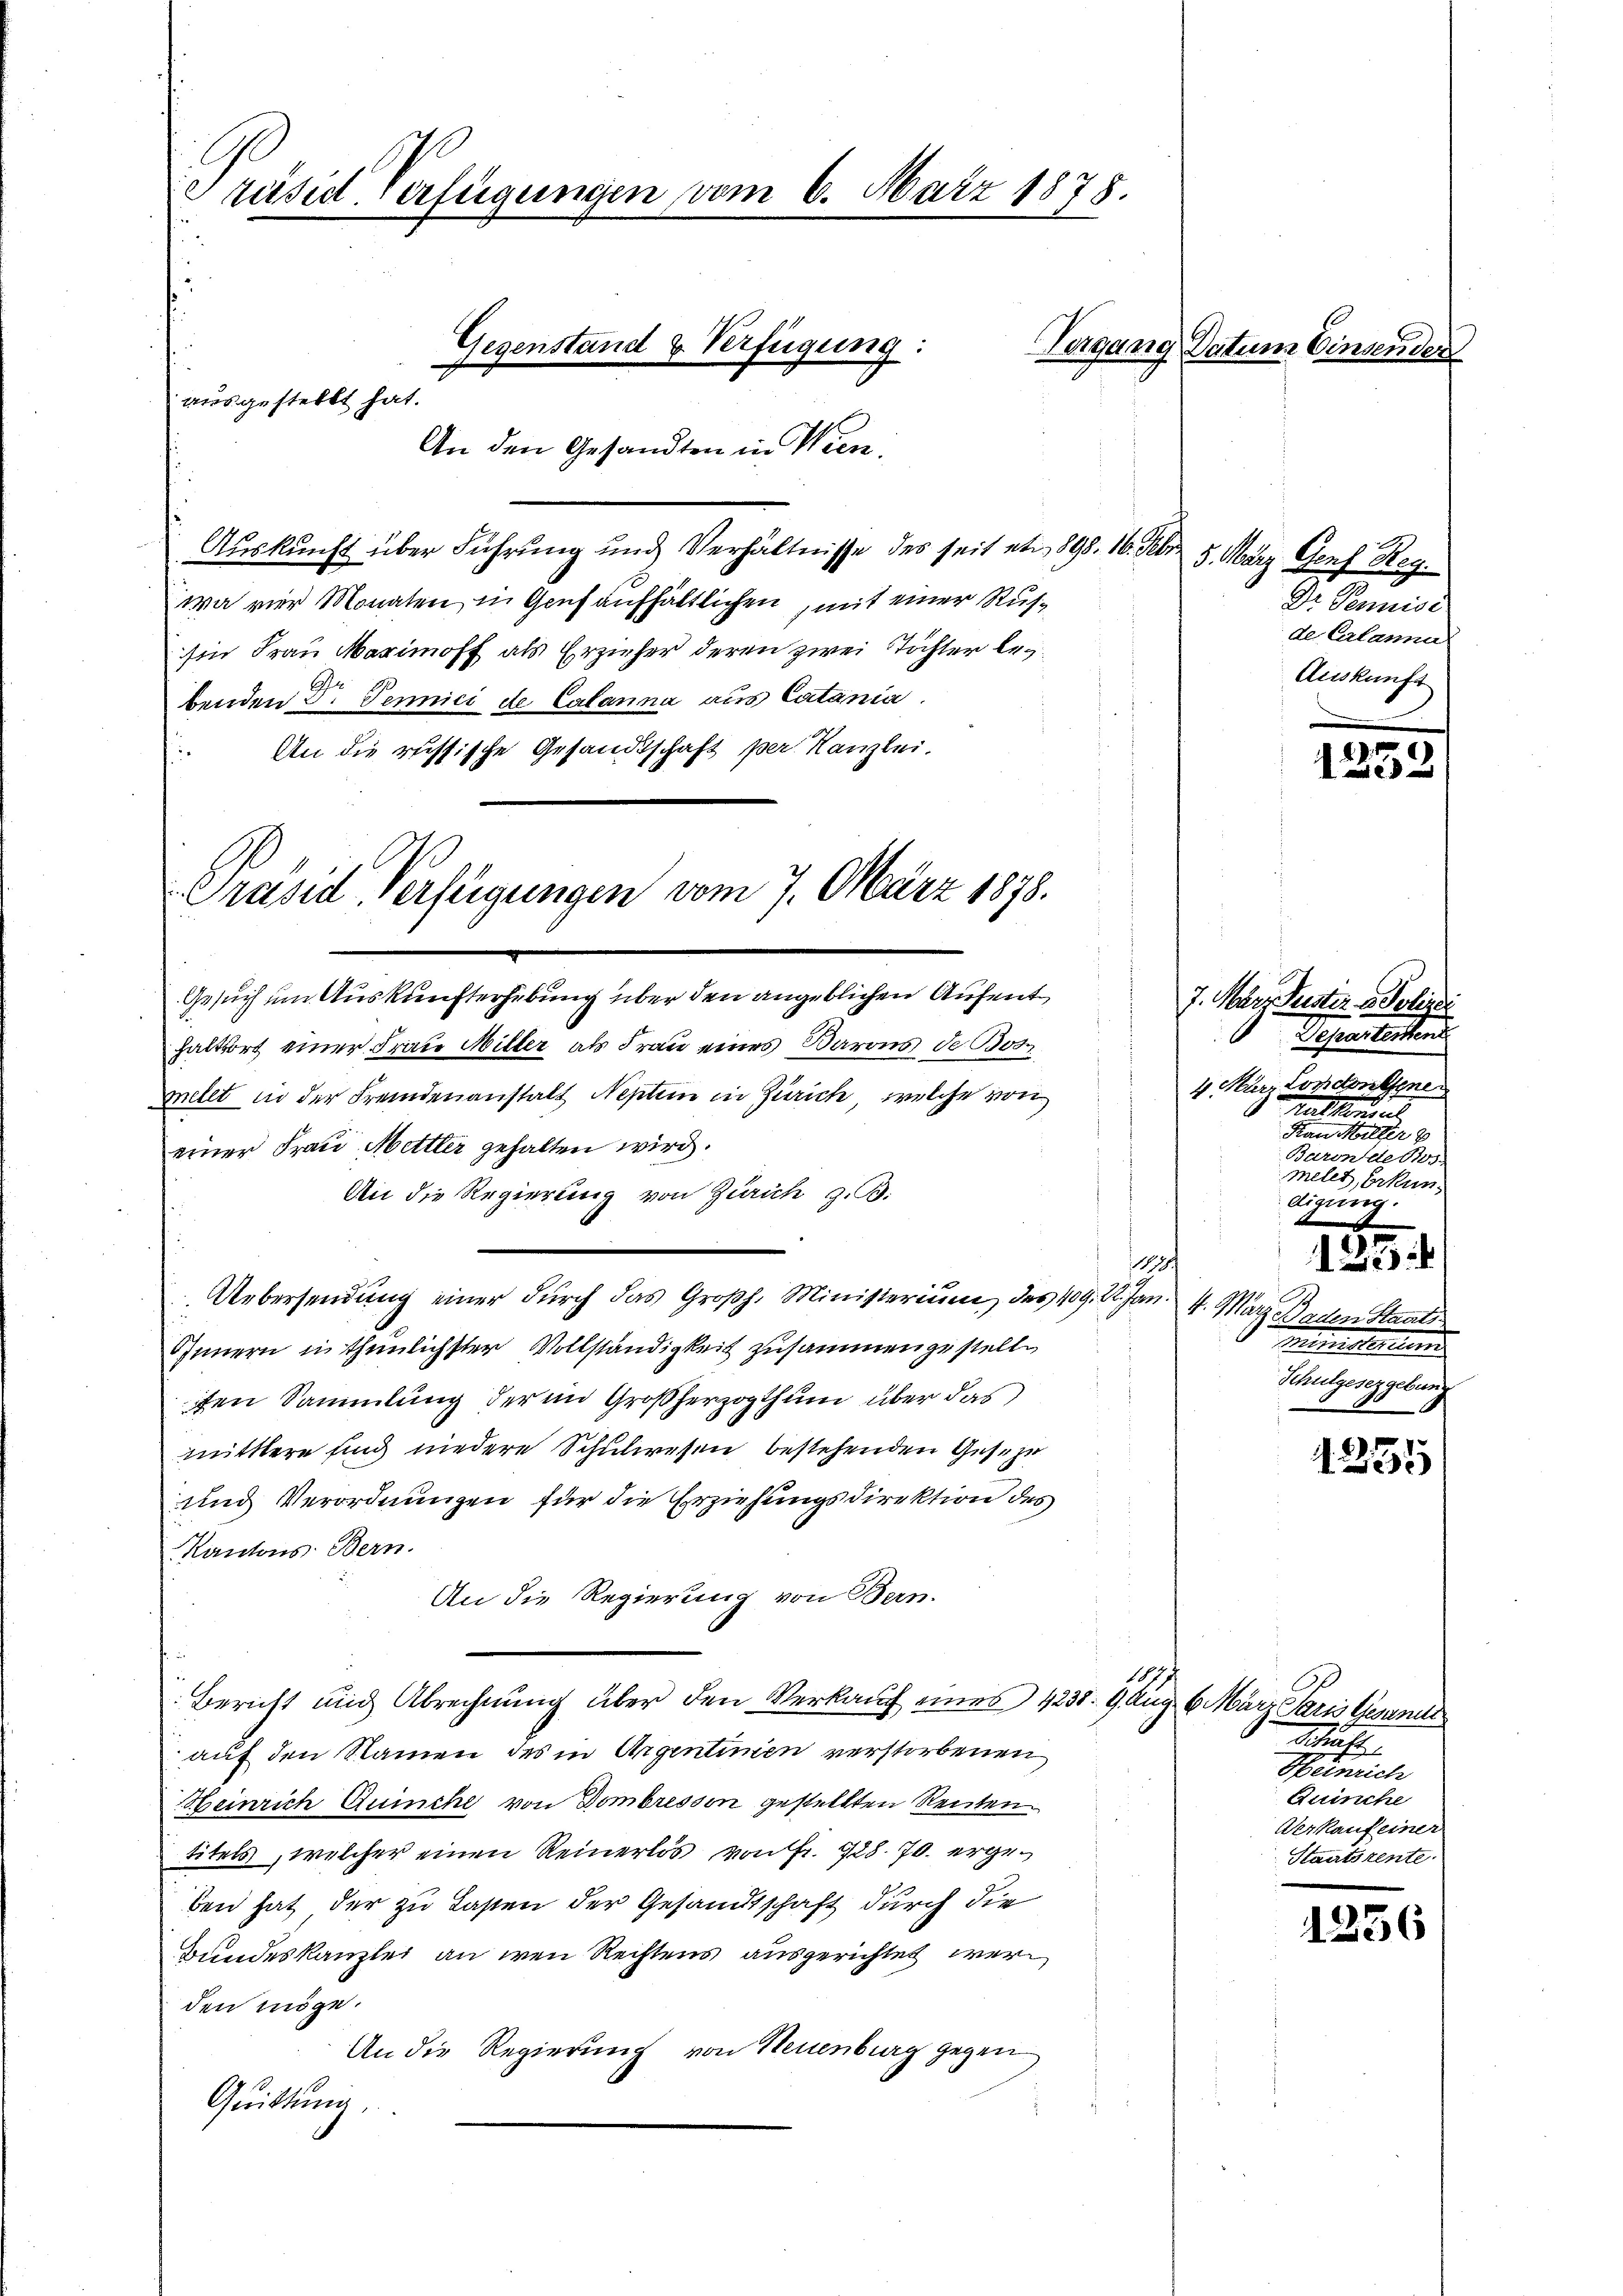
Präsid. Verfügungen vom 6. März 1878.
Gegenstand & Verfügung:
ausgestellt hat.
An den Gesandten in Wien.

Auskunft über Führung und Verhältnisse des seit etw 898. 16. Febr. 5. März Genf Reg.
wa vier Monaten, in Genf aufhältlichen, mit einer Russin Frau Marmoff als Erzieher deren zwei Töchter legbenden Dr. Jennici de Calanna aus Catania.
An die russische Gesandtschaft per Kanzlei.

Präsid. Verfügungen vom 7. März 1878.
Gesuch im Auskunfterhebung über den angeblichen Aufent¬

haltsort einer Frau Miller als Frau eines Barons de Bosmelet in der Fremdenanstalt Neptem in Zürich, welche von
einer Frau Mettler gehalten wird.
An die Regierung von Zürich z. B.
Uebersendung einer durch das Großh. Ministerium des 409. 22. Jan. 4. März Haden Staats
Innern in thunlichster Vollständigkeit zusammengestelle
ten Sammlung der im Großherzogthum über das
mittlere sind niedere Schulwesen bestehenden Geseze
und Verordnungen für die Erziehungsdirektion des
Kantons Bern.
An die Regierung von Bern.
1077.
Bericht und Abrechnung über den Verkauf eines 4238. 9. Aug. 6. März Paris Wesen
auf den Namen des in Agentinien verstorbenen
Heinrich Quinche von Dombresson gestellten Renten.
titels, welcher einen Reinerlös von Fr. 728. 70. ergeben hat der zu Lasten der Gesandtschaft durch die
Bundeskanzlei an wen Rechtens ausgerichtet werden möge.
An die Regierung von Neuenburg gegen
Quittung,

Vergang Datum Einsen.

Dr. Penuisi
de Calanna
Auskunft

r
123.

7. März Geister u. Polize
Dehestersten
4 März Londonne
Kalten, es
Frau Marieli e
Baron Ao 18.
ee einen einen erken.
digung.

15
A
Ministern
Schulgesetzgebung

125

e
1235

Machte
Heinrich
Quinche
Verkauf einer
Staatsrente.

1236